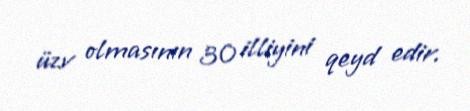
üzv olmasının 30 illiyini qeyd edir.